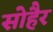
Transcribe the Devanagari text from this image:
सोहैर